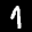
Label: 1